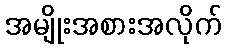
အမျိုးအစားအလိုက်